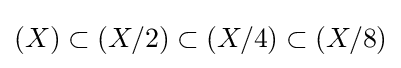
(X)\subset (X/2)\subset (X/4)\subset (X/8)